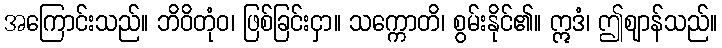
အကြောင်းသည်။ ဘိဝိတုံဝ၊ ဖြစ်ခြင်းငှာ။ သက္ကောတိ၊ စွမ်းနိုင်၏။ ဣဒံ၊ ဤဈာန်သည်။